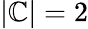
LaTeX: |\mathbb{C}|=2